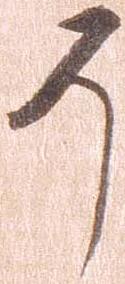
そ